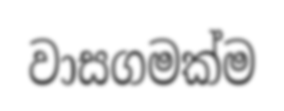
වාසගමක්ම